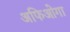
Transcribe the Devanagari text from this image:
अफिओगा